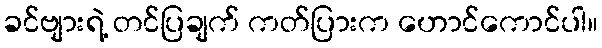
ခင်ဗျားရဲ့ တင်ပြချက် ကတ်ပြားက ဟောင်ကောင်ပါ။